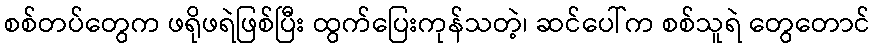
စစ်တပ်တွေက ဖရိုဖရဲဖြစ်ပြီး ထွက်ပြေးကုန်သတဲ့၊ ဆင်ပေါ်က စစ်သူရဲ တွေတောင်